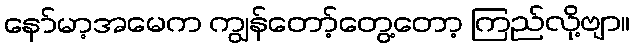
နော်မာ့အမေက ကျွန်တော့်တွေ့တော့ ကြည်လို့ဗျာ။